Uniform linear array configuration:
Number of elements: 64
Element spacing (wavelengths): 1
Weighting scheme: kaiser
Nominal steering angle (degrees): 45
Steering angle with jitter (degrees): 46.001
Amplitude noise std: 0.05
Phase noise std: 0.05

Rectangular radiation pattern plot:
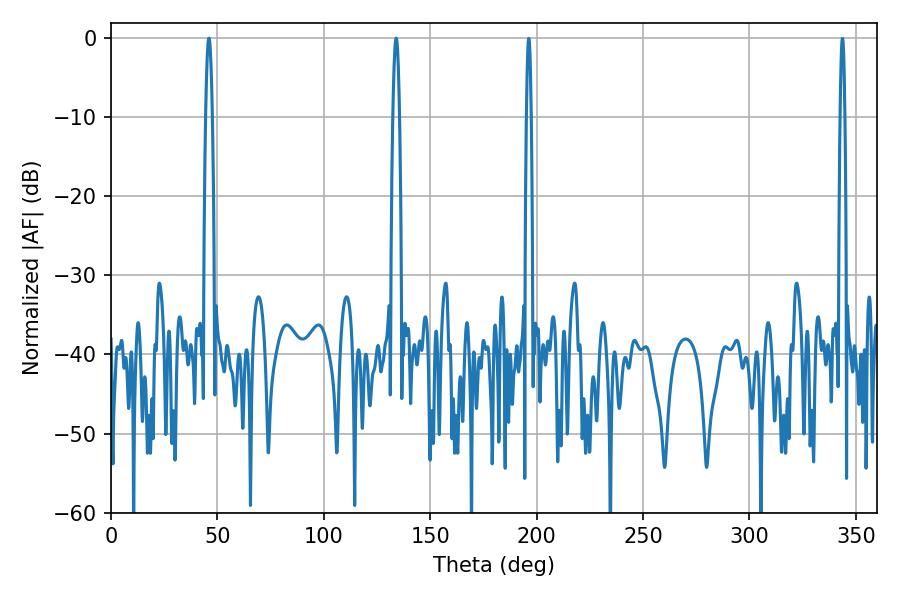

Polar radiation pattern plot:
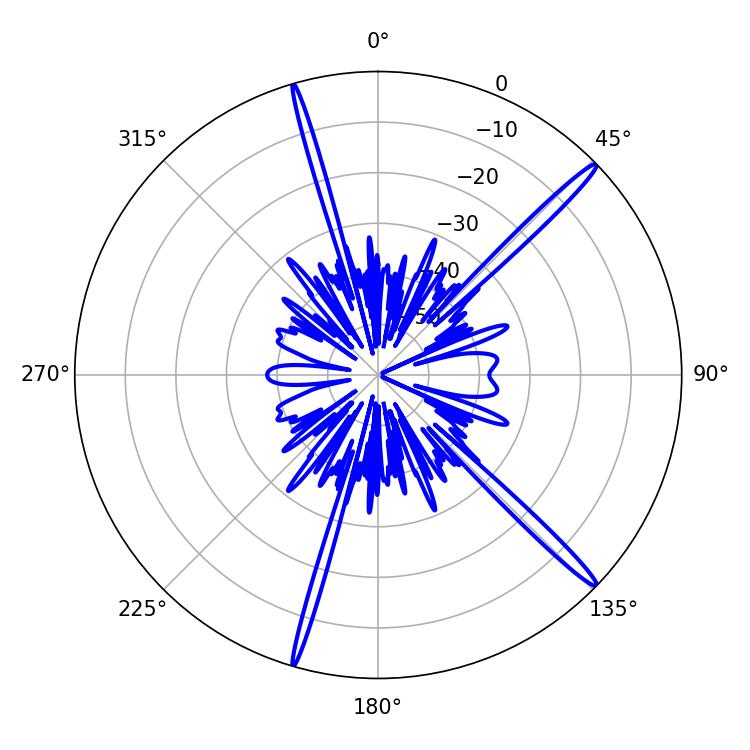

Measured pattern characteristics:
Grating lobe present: TRUE
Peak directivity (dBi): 17.636
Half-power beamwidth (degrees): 1.62
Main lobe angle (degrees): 133.92